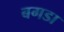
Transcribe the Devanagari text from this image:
बगडा